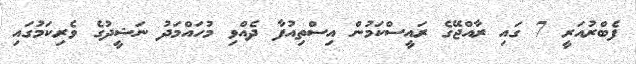
ފެބްރުއަރީ 7 ގައި ރާއްޖޭގެ ރައީސްކަމުން އިސްތިއުފާ ދެއްވި މުހައްމަދު ނަޝީދުގެ ވެރިކަމުގައި